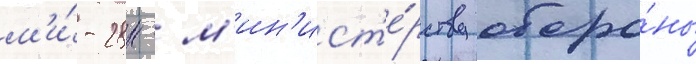
м'и́-28н - м'ин'ист'е́рству оборо́ны